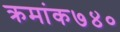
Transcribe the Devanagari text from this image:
क्रमांक७४०